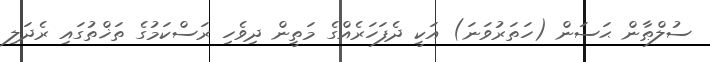
ސުލްޠާން ޙަސަން (ހަތަރުވަނަ) އަކީ ދެފަހަރެއްގެ މަތީން ދިވެހި ރަސްކަމުގެ ތަޚްތުގައި ރެދަލި